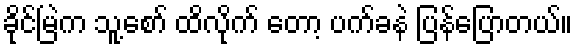
ခိုင်မြဲက သူ့စော် ထိလိုက် တော့ ပက်ခနဲ ပြန်ပြောတယ်။